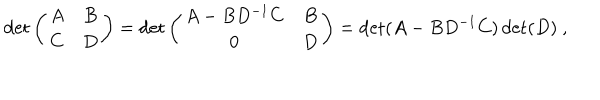
LaTeX: \det \left( \begin{array} { c c } { { A } } & { { B } } \\ { { C } } & { { D } } \\ \end{array} \right) = \det \left( \begin{array} { c c } { { A - B D ^ { - 1 } C } } & { { B } } \\ { { 0 } } & { { D } } \\ \end{array} \right) = \det ( A - B D ^ { - 1 } C ) \det ( D ) \ ,